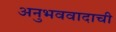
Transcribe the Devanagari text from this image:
अनुभववादाची